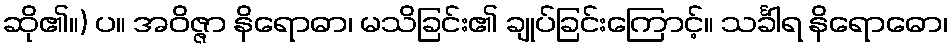
ဆို၏။) ပ။ အဝိဇ္ဇာ နိရောဓာ၊ မသိခြင်း၏ ချုပ်ခြင်းကြောင့်။ သင်္ခါရ နိရောဓော၊